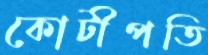
কোটীপতি